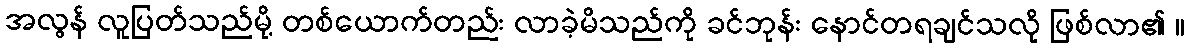
အလွန် လူပြတ်သည်မို့ တစ်ယောက်တည်း လာခဲ့မိသည်ကို ခင်ဘုန်း နောင်တရချင်သလို ဖြစ်လာ၏ ။